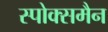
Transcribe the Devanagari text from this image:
स्पोक्समैन